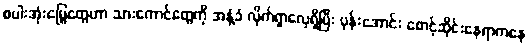
စပါးအုံးမြွေတွေဟာ သားကောင်တွေကို အနံ့ခံ လိုက်ရှာလေ့ရှိပြီး ပုန်းအောင်း စောင့်ဆိုင်းနေရာကနေ